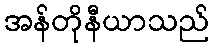
အန်တိုနီယာသည်